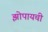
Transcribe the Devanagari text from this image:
झोपायची